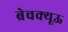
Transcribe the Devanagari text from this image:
ब्रेचक्यूऊ